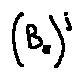
( B _ { E } ) ^ { j }